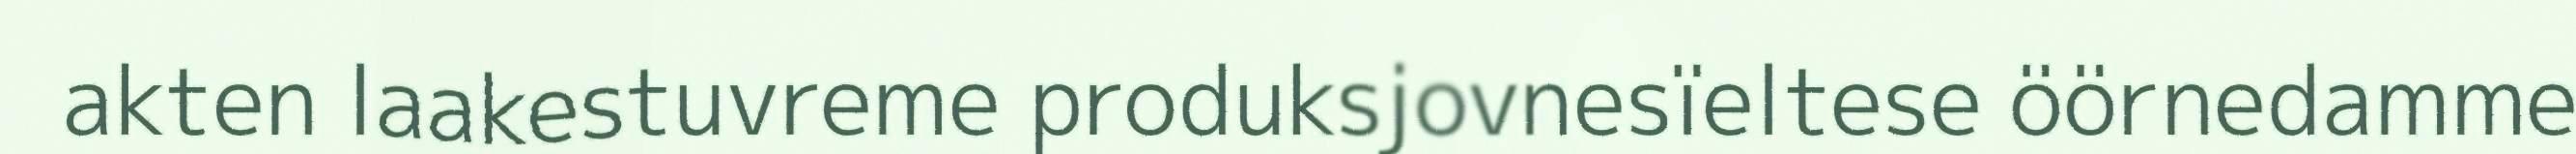
akten laakestuvreme produksjovnesïeltese öörnedamme